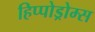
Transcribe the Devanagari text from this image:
हिप्पोड्रोम्स